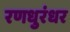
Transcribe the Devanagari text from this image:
रणधुरंधर